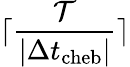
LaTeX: \lceil\frac{\mathcal T}{\vert\Delta t_{\mathrm{cheb}}\vert}\rceil